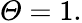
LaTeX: \mathit{\Theta}=1.